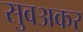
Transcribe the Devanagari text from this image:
सुवअकर